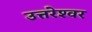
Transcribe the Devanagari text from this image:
उत्तरेश्‍वर